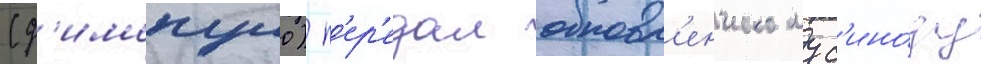
(д'имопуло) п'ер'едал обновл'енческому с'ино́ду